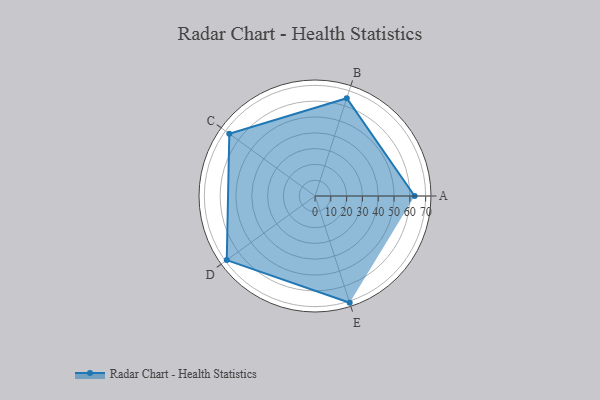
{"axis": {"x": "Skill", "y": "Score"}, "legend": ["Profile"], "data": [{"x": "A", "y": 63.0, "type": "Profile"}, {"x": "B", "y": 65.0, "type": "Profile"}, {"x": "C", "y": 67.0, "type": "Profile"}, {"x": "D", "y": 69.0, "type": "Profile"}, {"x": "E", "y": 71.0, "type": "Profile"}]}